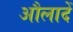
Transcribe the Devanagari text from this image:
औलादें